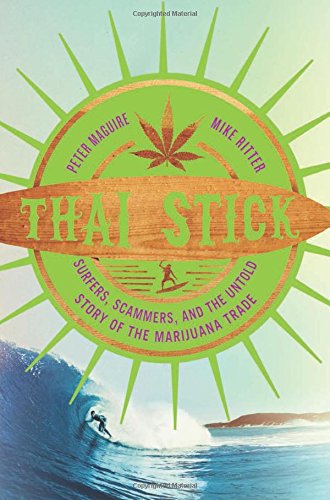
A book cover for Thai Stick: Surfers, Scammers, and the Untold Story of the Marijuana Trade; Peter Maguire; Biographies & Memoirs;